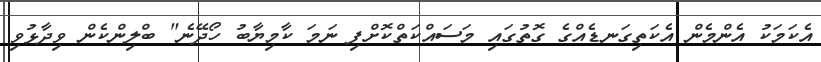
އެކަމަކު އެންމެން އެކަތިގަނޑެއްގެ ގޮތުގައި މަސައްކަތްކޮށްފި ނަމަ ކާމިޔާބު ހޯދޭނެ" ބްލިންކެން ވިދާޅުވި